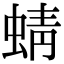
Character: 蜻